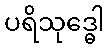
ပရိသုဒ္ဓေါ